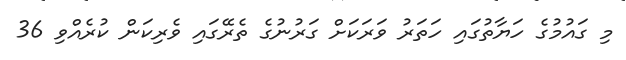
މި ގައުމުގެ ހަޔާތުގައި ހަތަރު ވަރަކަށް ގަރުނުގެ ތެރޭގައި ވެރިކަން ކުރެއްވި 36